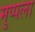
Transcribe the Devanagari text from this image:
मुप्पला